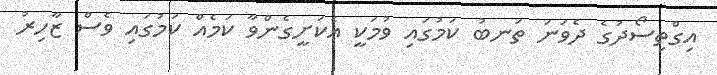
އިގްތިސޯދުގެ ދެވަނަ ތަނބު ކަމުގައި ވުމަކީ އެކަށީގެންވާ ކަމެއް ކަމުގައި ވެސް ޒާހިރު